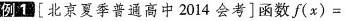
例1 [北京夏季普通高中2014会考]函数f(x)=